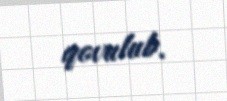
qovulub.